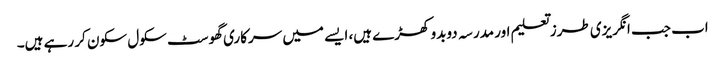
اب جب انگریزی طرزتعلیم اور مدرسہ دوبدو کھڑے ہیں، ایسے میں سرکاری گھوسٹ سکول سکون کر رہے ہیں۔